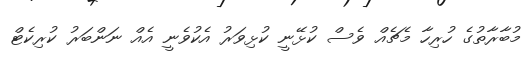
މުބާރާތުގެ ހުރިހާ މެޗެއް ވެސް ކުޅޭނީ ކުޅިވަރު އެކުވެނީ އެއް ނަންބަރު ކުރިކެޓް